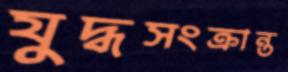
যুদ্ধসংক্রান্ত